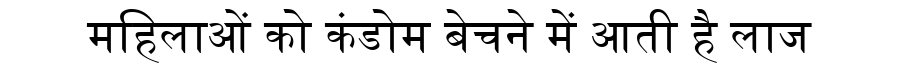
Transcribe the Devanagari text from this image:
महिलाओं को कंडोम बेचने में आती है लाज